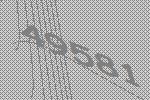
49581